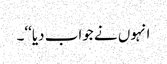
انہوں نے جواب دیا‘‘۔